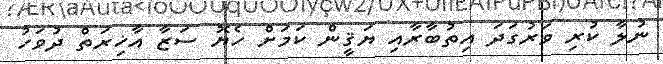
ނުލާ ކުރި ވަރުގަދަ އިތުބާރާއި ޔަޤީން ކަމަށް ހެޔޮ ސަޒާ އާޚިރަތް ދުވަހު